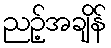
ညဉ့်အချိန်